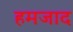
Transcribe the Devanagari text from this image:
हमजाद